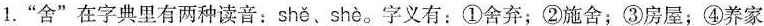
1.”舍”在字典里有两种读音：shě 、 shè。字义有：①舍弃；②施舍；③房屋；④养家